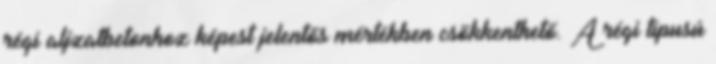
régi aljzatbetonhoz képest jelentős mértékben csökkenthető. A régi típusú